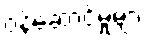
ဝန်ဆောင်မှုများ